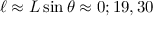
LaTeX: \ell \approx L \sin \theta \approx 0 ; 1 9 , 3 0